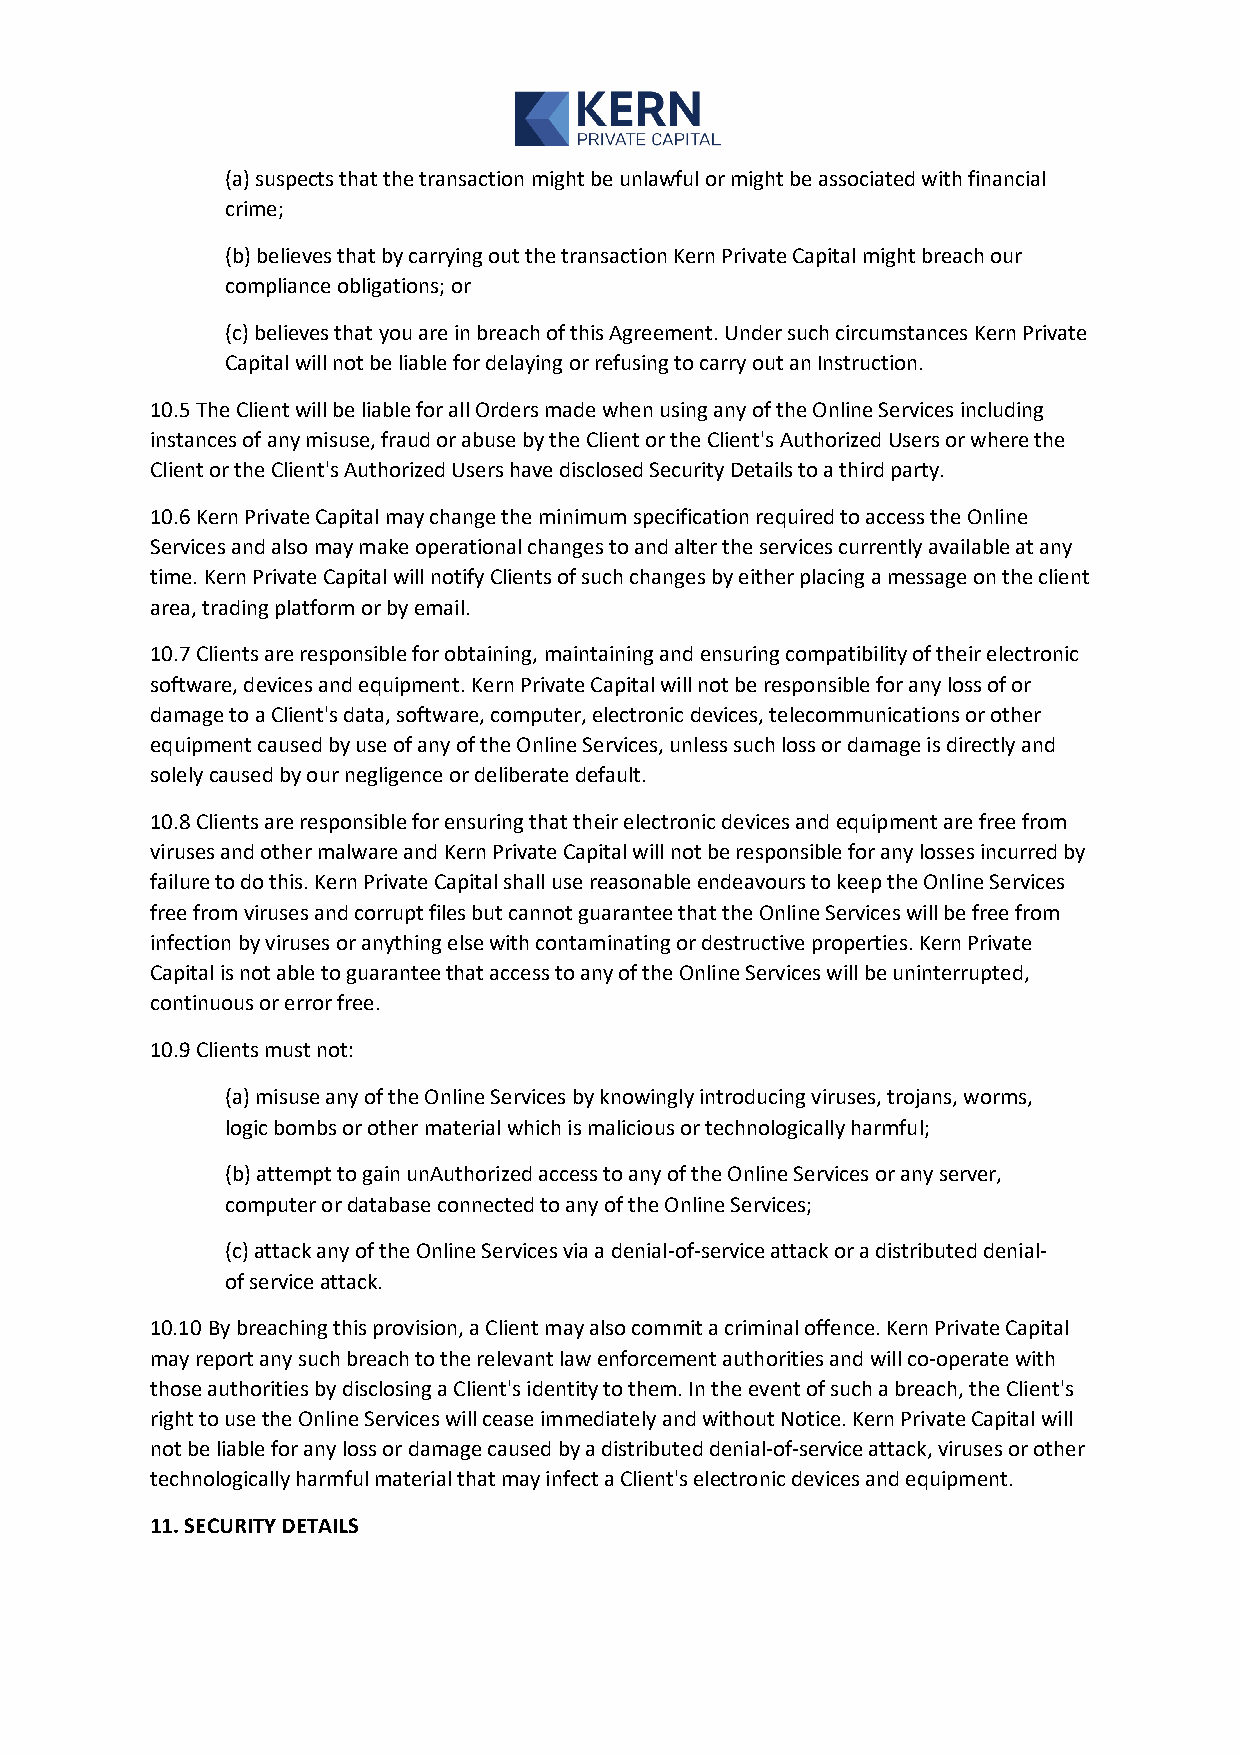
(a) suspects that the transaction might be unlawful or might be associated with financial
 crime;
 (b) believes that by carrying out the transaction Kern Private Capital might breach our
 compliance obligations; or
 (c) believes that you are in breach of this Agreement. Under such circumstances Kern Private
 Capital will not be liable for delaying or refusing to carry out an Instruction.
 10.5 The Client will be liable for all Orders made when using any of the Online Services including
 instances of any misuse, fraud or abuse by the Client or the Client's Authorized Users or where the
 Client or the Client's Authorized Users have disclosed Security Details to a third party.
 10.6 Kern Private Capital may change the minimum specification required to access the Online
 Services and also may make operational changes to and alter the services currently available at any
 time. Kern Private Capital will notify Clients of such changes by either placing a message on the client
 area, trading platform or by email.
 10.7 Clients are responsible for obtaining, maintaining and ensuring compatibility of their electronic
 software, devices and equipment. Kern Private Capital will not be responsible for any loss of or
 damage to a Client's data, software, computer, electronic devices, telecommunications or other
 equipment caused by use of any of the Online Services, unless such loss or damage is directly and
 solely caused by our negligence or deliberate default.
 10.8 Clients are responsible for ensuring that their electronic devices and equipment are free from
 viruses and other malware and Kern Private Capital will not be responsible for any losses incurred by
 failure to do this. Kern Private Capital shall use reasonable endeavours to keep the Online Services
 free from viruses and corrupt files but cannot guarantee that the Online Services will be free from
 infection by viruses or anything else with contaminating or destructive properties. Kern Private
 Capital is not able to guarantee that access to any of the Online Services will be uninterrupted,
 continuous or error free.
 10.9 Clients must not:
 (a) misuse any of the Online Services by knowingly introducing viruses, trojans, worms,
 logic bombs or other material which is malicious or technologically harmful;
 (b) attempt to gain unAuthorized access to any of the Online Services or any server,
 computer or database connected to any of the Online Services;
 (c) attack any of the Online Services via a denial-of-service attack or a distributed denial-
 of service attack.
 10.10 By breaching this provision, a Client may also commit a criminal offence. Kern Private Capital
 may report any such breach to the relevant law enforcement authorities and will co-operate with
 those authorities by disclosing a Client's identity to them. In the event of such a breach, the Client's
 right to use the Online Services will cease immediately and without Notice. Kern Private Capital will
 not be liable for any loss or damage caused by a distributed denial-of-service attack, viruses or other
 technologically harmful material that may infect a Client's electronic devices and equipment.
 11. SECURITY DETAILS